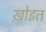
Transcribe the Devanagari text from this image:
ख़ोइत